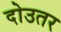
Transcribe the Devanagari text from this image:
दोउतर